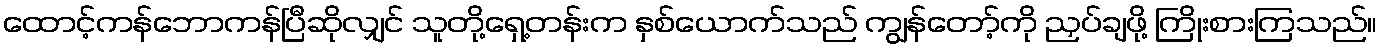
ထောင့်ကန်ဘောကန်ပြီဆိုလျှင် သူတို့ရှေ့တန်းက နှစ်ယောက်သည် ကျွန်တော့်ကို ညှပ်ချဖို့ ကြိုးစားကြသည်။